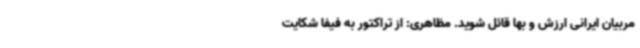
مربیان ایرانی ارزش و بها قائل شوید. مظاهری: از تراکتور به فیفا شکایت